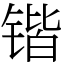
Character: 锴